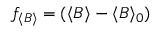
f _ { \langle B \rangle } = ( \langle B \rangle - \langle B \rangle _ { 0 } )